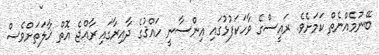
ބޭނުމެއްނެތް ކަމަށެވެ. ރައީސްގެ ވާހަކަފުޅުގައި އިންސާނީ ހައްޤުގެ ދާއިރާގައި ރާއްޖެ އޮތް ޚާލަތަށްވެސް